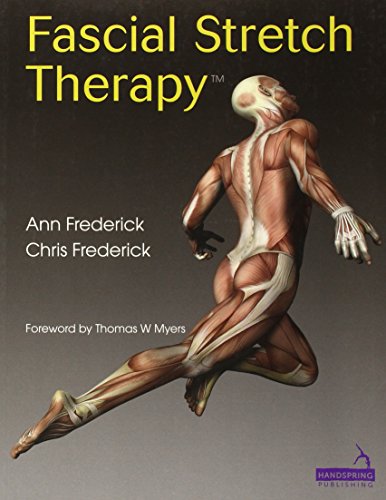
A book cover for Fascial Stretch Therapy; Chris Frederick; Medical Books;